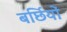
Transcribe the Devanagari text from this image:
बर्छियों